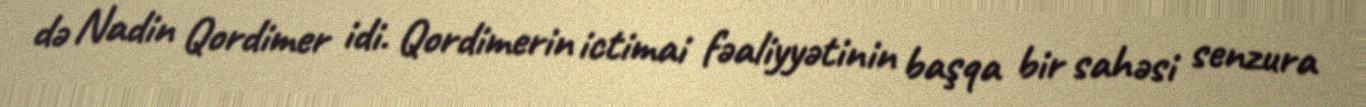
də Nadin Qordimer idi. Qordimerin ictimai fəaliyyətinin başqa bir sahəsi senzura